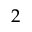
2